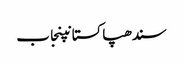
سندھپاکستانپنجاب